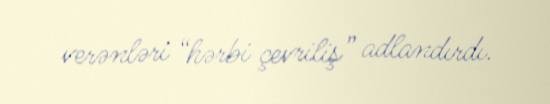
verənləri “hərbi çevriliş” adlandırdı.